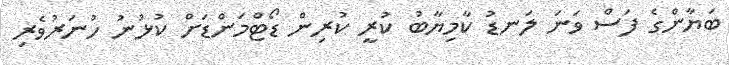
ބަޔާންގެ ފަސް ވަނަ ލަނޑު ކާމިޔާބު ކުރީ ކުރިން ޑޯޓްމަންޑަށް ކުޅުނު ހުނަރުވެރި